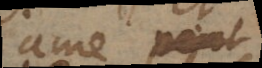
ame